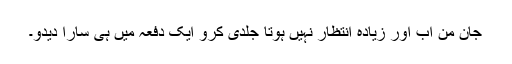
جان من اب اور زیادہ انتظار نہیں ہوتا جلدی کرو ایک دفعہ میں ہی سارا دیدو۔